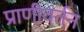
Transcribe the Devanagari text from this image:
प्राणीवर्तन